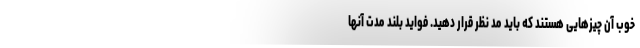
خوب آن چیزهایی هستند که باید مد نظر قرار دهید. فواید بلند مدت آنها